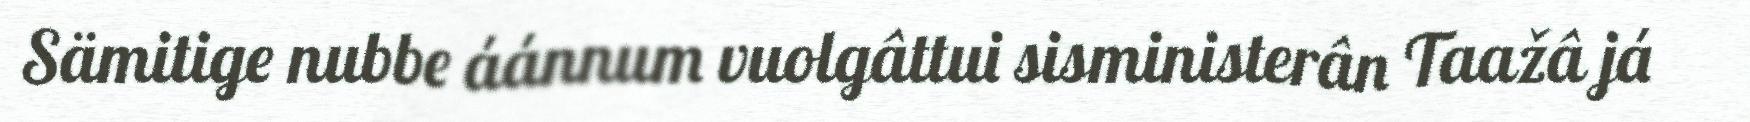
Sämitige nubbe áánnum vuolgâttui sisministerân Taažâ já